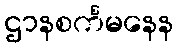
ဌာနစင်္ကမနေန